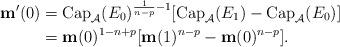
LaTeX: \begin{align*}\mathbf{m}'(0) &=\mbox{Cap}_{\mathcal{A}}(E_0)^{\frac{1}{n-p}-1}[\mbox{Cap}_{\mathcal{A}}(E_1)-\mbox{Cap}_{\mathcal{A}}( E_0)]\\&=\mathbf{m}(0)^{1-n+p}[\mathbf{m}(1)^{n-p}-\mathbf{m}(0)^{n-p}].\end{align*}